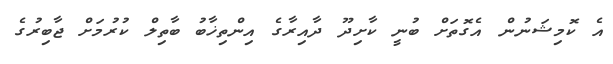
އެ ކޮމިޝަނުން އެގޮތަށް ބުނީ ކާށިދޫ ދާއިރާގެ އިންތިޚާބު ބާތިލް ކުރުމަށް ޖާބިރުގެ